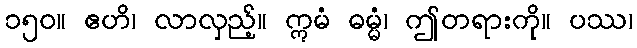
၁၅၀။ ဧဟိ၊ လာလှည့်။ ဣမံ ဓမ္မံ၊ ဤတရားကို။ ပဿ၊